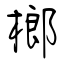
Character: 榔